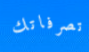
تصرفاتك